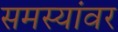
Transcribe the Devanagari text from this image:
समस्‍यांवर